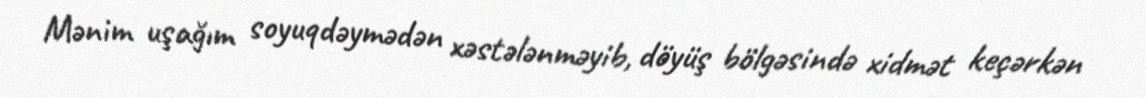
Mənim uşağım soyuqdəymədən xəstələnməyib, döyüş bölgəsində xidmət keçərkən